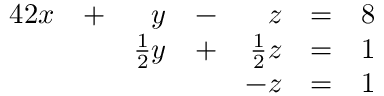
{ \begin{array} { r l r l r l r l } { { 4 } 2 x } & { + } & { y } & { - } & { z } & { = } & { 8 } & { } \\ & { } & { { \frac { 1 } { 2 } } y } & { + } & { { \frac { 1 } { 2 } } z } & { = } & { 1 } & { } \\ & { } & & { } & { - z } & { = } & { 1 } & { } \end{array} }